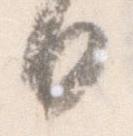
日